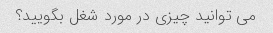
می توانید چیزی در مورد شغل بگویید؟